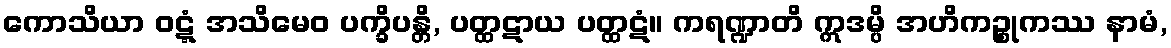
ကောသိယာ ဝဋ္ဋံ အသိမေဝ ပက္ခိပန္တိ, ပတ္ထဋာယ ပတ္ထဋံ။ ကရဏ္ဍာတိ ဣဒမ္ပိ အဟိကဉ္စုကဿ နာမံ,